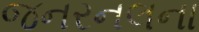
જનરનલના